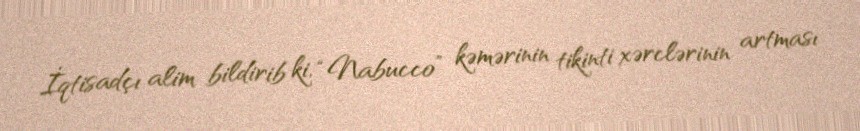
İqtisadçı alim bildirib ki, “Nabucco” kəmərinin tikinti xərclərinin artması